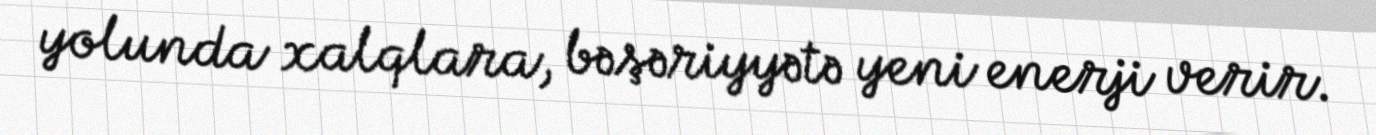
yolunda xalqlara, bəşəriyyətə yeni enerji verir.